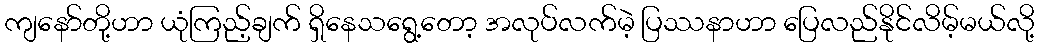
ကျနော်တို့ဟာ ယုံကြည့်ချက် ရှိနေသရွေ့တော့ အလုပ်လက်မဲ့ ပြဿနာဟာ ပြေလည်နိုင်လိမ့်မယ်လို့